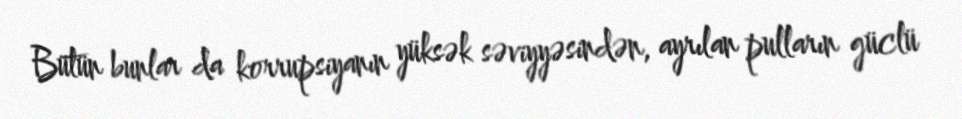
Bütün bunlar da korrupsiyanın yüksək səviyyəsindən, ayrılan pulların güclü